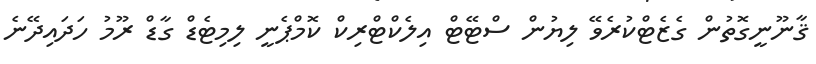
ޤާނޫނީގޮތުން ގެޒެޓްކުރެވޭ ލިޔުން ސްޓޭޓް އިލެކްޓްރިކް ކޮމްޕެނީ ލިމިޓެޑް ގާޑް ރޫމު ހަދައިދޭނެ